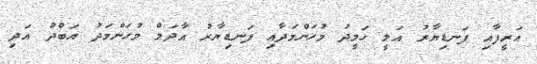
އަރީފާއި ފަނޑިޔާރު އަލީ ހަމީދު މުހަންމަދާއި ފަނޑިޔާރު އާދަމް މުހަންމަދު އަބްދު އަދި